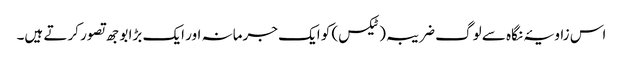
اس زاویۂ نگاہ سے لوگ ضریبہ(ٹیکس) کو ایک جرمانہ اور ایک بڑا بوجھ تصور کرتے ہیں۔